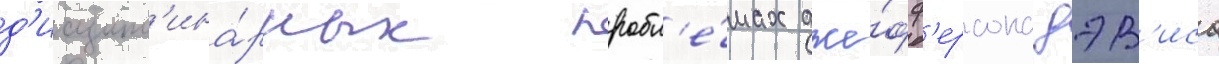
д'исципл'ина́рных пробл'е́мах дже́фф'ерсона дэв'иса